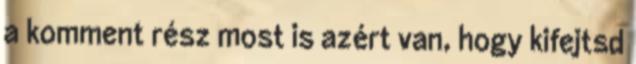
a komment rész most is azért van, hogy kifejtsd